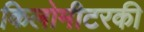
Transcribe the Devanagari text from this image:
किलोमीटरकी